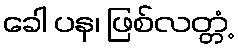
ခေါ ပန၊ ဖြစ်လတ္တံ့